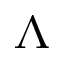
\Lambda